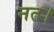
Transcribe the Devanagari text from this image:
नत।